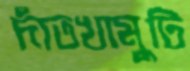
দাঁতখামুটি